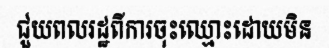
ជួយពលរដ្ឋពីការចុះឈ្មោះដោយមិន